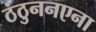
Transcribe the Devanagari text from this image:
ठंठुननएना